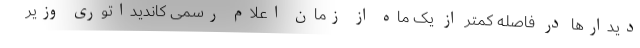
دیدارها در فاصله کمتر از یک ماه از زمان اعلام رسمی کاندیداتوری وزیر